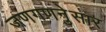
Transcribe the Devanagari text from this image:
जणगणनेुसार